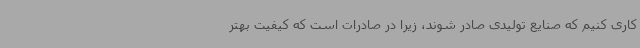
کاری کنیم که صنایع تولیدی صادر شوند، زیرا در صادرات است که کیفیت بهتر